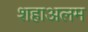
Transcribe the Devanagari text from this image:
शहाअलम